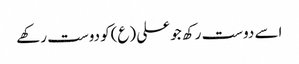
اسے دوست رکھ جو علی (ع)کو دوست رکھے